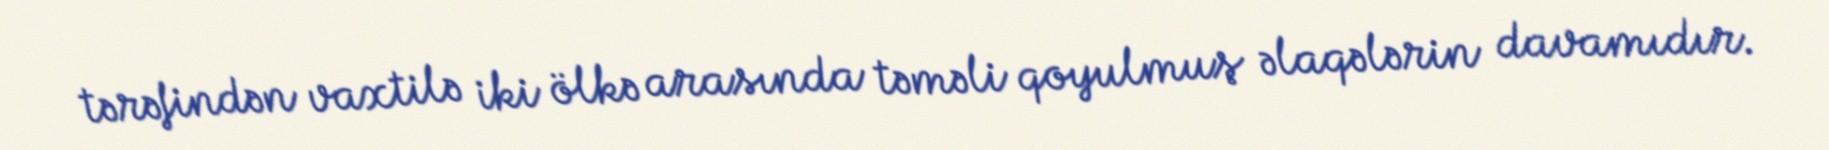
tərəfindən vaxtilə iki ölkə arasında təməli qoyulmuş əlaqələrin davamıdır.